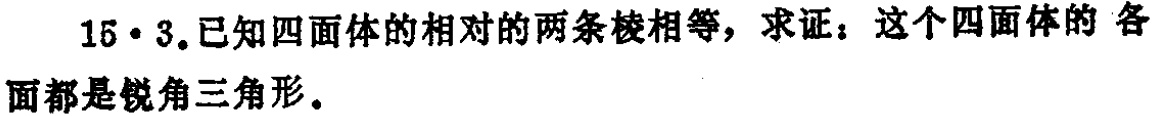
15·3.已知四面体的相对的两条棱相等，求证：这个四面体的 各面都是锐角三角形。